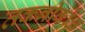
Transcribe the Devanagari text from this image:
तकनीकोक्ष